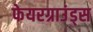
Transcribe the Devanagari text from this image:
फेयरग्राउंड्स